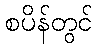
စပိန်တွင်